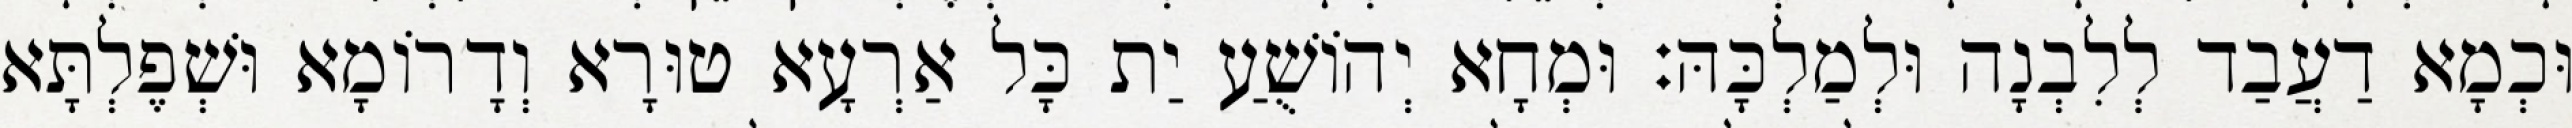
וּכְמָא דַעֲבַד לְלִבְנָה וּלְמַלְכָּהּ׃ וּמְחָא יְהוֹשֻׁעַ יַת כָּל אַרְעָא טוּרָא וְדָרוֹמָא וּשְׁפֶלְתָּא